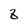
Character: 8